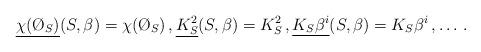
LaTeX: \begin{align*}\underline{\chi(\O_S)}(S,\beta) = \chi(\O_S) \,, \underline{K_S^2} (S,\beta) = K_S^2 \,, \underline{K_S\beta^i}(S,\beta) = K_S\beta^i \,, \ldots \,.\end{align*}